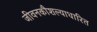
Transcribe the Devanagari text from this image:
जीवनकौशल्याधारित